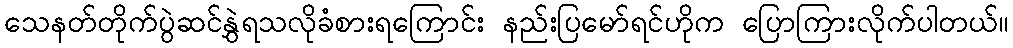
သေနတ်တိုက်ပွဲဆင်နွှဲရသလိုခံစားရကြောင်း နည်းပြမော်ရင်ဟိုက ပြောကြားလိုက်ပါတယ်။